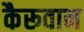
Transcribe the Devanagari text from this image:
कैरूवान